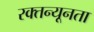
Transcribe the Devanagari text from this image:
रक्तन्यूनता